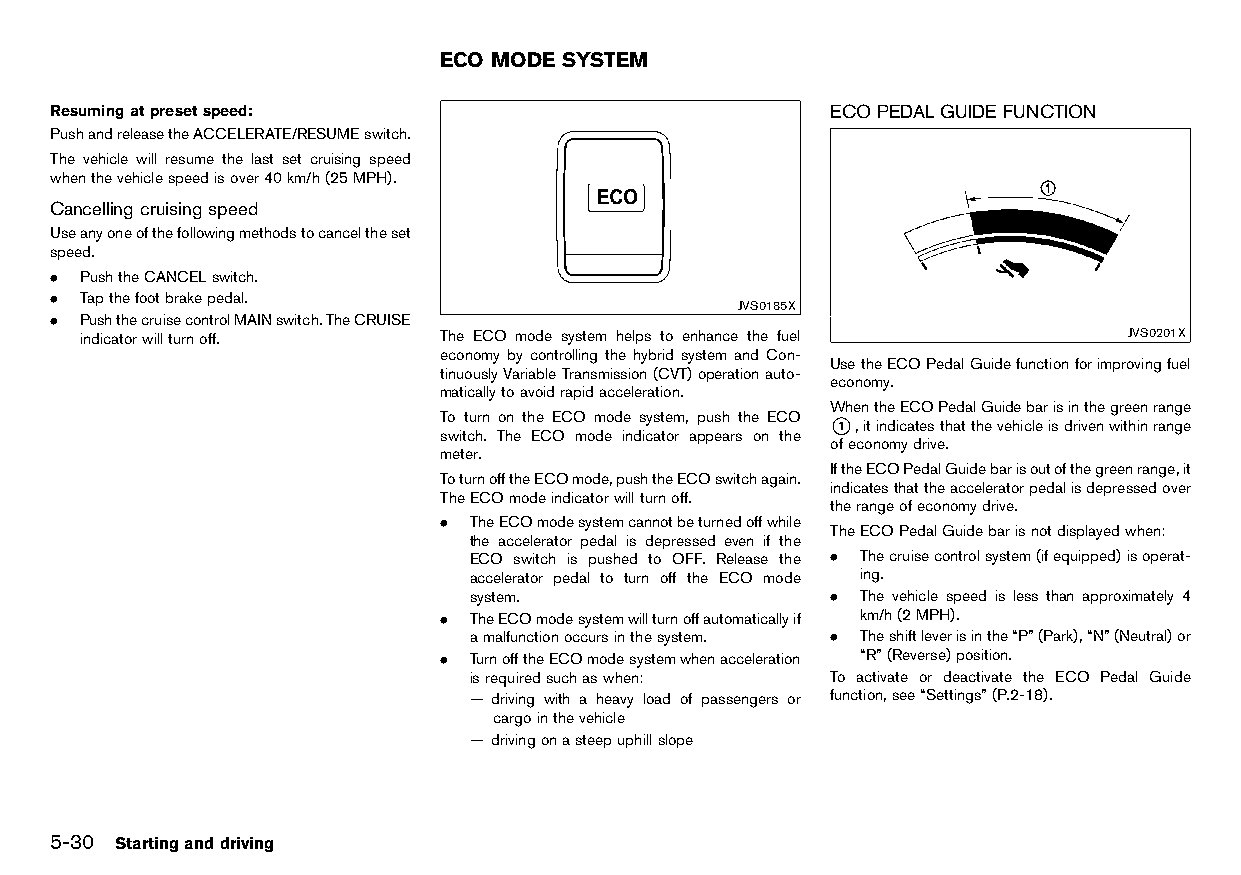
(214,1)
 ECO MODE SYSTEM
 HT32A1-7553A2A8-0370-4910-AC88-82CE83F86111
 Resumingatpresetspeed:                              ECOPEDALGUIDE FUNCTION
 HT32A1-22018305-9BAB-4201-B6FC-C08EB94AEAE0        HT32A1-DDE3E3BA-F896-46E1-926E-74DCB96AEB2E
 PushandreleasetheACCELERATE/RESUMEswitch.
 The vehicle will resume the last set cruising speed
 whenthevehiclespeedisover40km/h(25MPH).
 Cancelling cruisingspeed
 HT32A1-D50DF324-B09E-4323-8AC9-35C0187CD15A
 Useanyoneofthefollowingmethodstocanceltheset
 speed.
 . PushtheCANCELswitch.
 . Tapthefootbrakepedal.
 JVS0185X
 . PushthecruisecontrolMAINswitch.TheCRUISE
 indicatorwillturnoff.   The ECO mode system helps to enhance the fuel JVS0201X
 economy by controlling the hybrid system and Con-
 UsetheECOPedalGuidefunctionforimprovingfuel
 tinuouslyVariableTransmission(CVT)operationauto-
 economy.
 maticallytoavoidrapidacceleration.
 WhentheECOPedalGuidebarisinthegreenrange
 To turn on the ECO mode system, push the ECO *1 ,itindicatesthatthevehicleisdrivenwithinrange
 switch. The ECO mode indicator appears on the
 ofeconomydrive.
 meter.
 IftheECOPedalGuidebarisoutofthegreenrange,it
 ToturnofftheECOmode,pushtheECOswitchagain.
 indicatesthattheacceleratorpedalisdepressedover
 TheECOmodeindicatorwillturnoff.
 therangeofeconomydrive.
 . TheECOmodesystemcannotbeturnedoffwhile
 TheECOPedalGuidebarisnotdisplayedwhen:
 the accelerator pedal is depressed even if the
 ECO switch is pushed to OFF. Release the . Thecruisecontrolsystem(ifequipped)isoperat-
 accelerator pedal to turn off the ECO mode ing.
 system.                 . The vehicle speed is less than approximately 4
 . TheECOmodesystemwillturnoffautomaticallyif km/h(2MPH).
 amalfunctionoccursinthesystem. . Theshiftleverisinthe“P”(Park),“N”(Neutral)or
 . TurnofftheECOmodesystemwhenacceleration “R”(Reverse)position.
 isrequiredsuchaswhen:   To activate or deactivate the ECO Pedal Guide
 — driving with a heavy load of passengers or function,see“Settings”(P.2-18).
 cargointhevehicle
 — drivingonasteepuphillslope
 5-30 Startinganddriving
 Condition:                        [Edit:2015/8/24 Model: HT32-A]